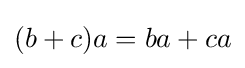
(b+c)a=ba+ca